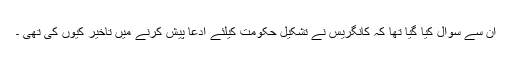
ان سے سوال کیا گیا تھا کہ کانگریس نے تشکیل حکومت کیلئے ادعا پیش کرنے میں تاخیر کیوں کی تھی ۔